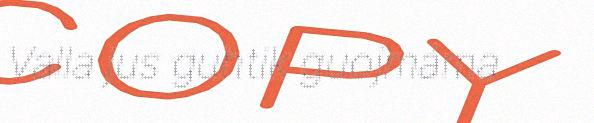
Valla jus guhtik guojmáma